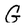
Character: G